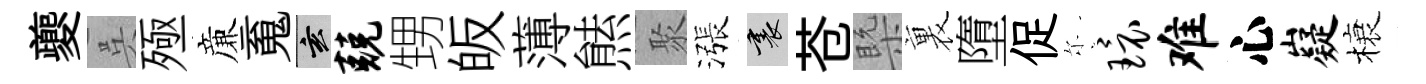
夔呉殛亷䰟玄兢甥皈薄㷱聚漲裏苍槩裏墮促尓环难心嶷榱